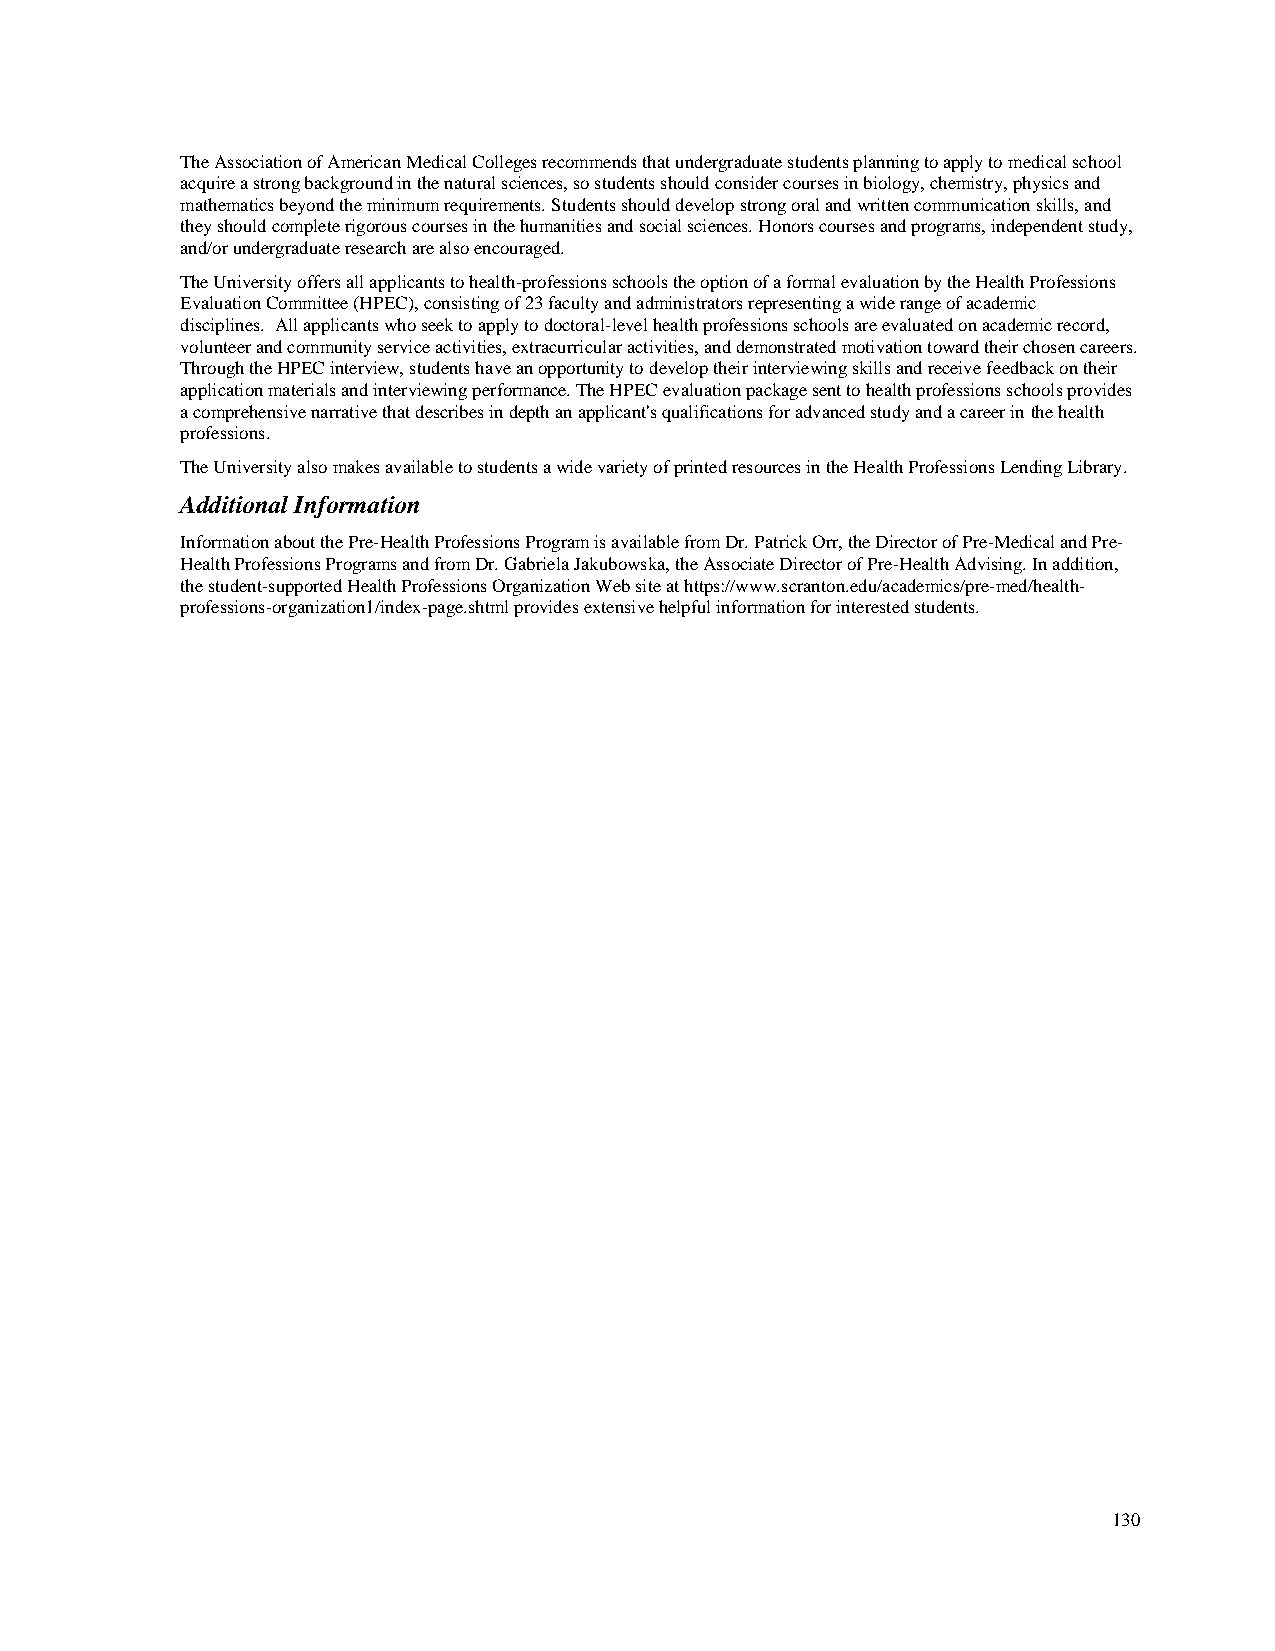
The Association of American Medical Colleges recommends that undergraduate students planning to apply to medical school
 acquire a strong background in the natural sciences, so students should consider courses in biology, chemistry, physics and
 mathematics beyond the minimum requirements. Students should develop strong oral and written communication skills, and
 they should complete rigorous courses in the humanities and social sciences. Honors courses and programs, independent study,
 and/or undergraduate research are also encouraged.
 The University offers all applicants to health-professions schools the option of a formal evaluation by the Health Professions
 Evaluation Committee (HPEC), consisting of 23 faculty and administrators representing a wide range of academic
 disciplines. All applicants who seek to apply to doctoral-level health professions schools are evaluated on academic record,
 volunteer and community service activities, extracurricular activities, and demonstrated motivation toward their chosen careers.
 Through the HPEC interview, students have an opportunity to develop their interviewing skills and receive feedback on their
 application materials and interviewing performance. The HPEC evaluation package sent to health professions schools provides
 a comprehensive narrative that describes in depth an applicant's qualifications for advanced study and a career in the health
 professions.
 The University also makes available to students a wide variety of printed resources in the Health Professions Lending Library.
 Additional Information
 Information about the Pre-Health Professions Program is available from Dr. Patrick Orr, the Director of Pre-Medical and Pre-
 Health Professions Programs and from Dr. Gabriela Jakubowska, the Associate Director of Pre-Health Advising. In addition,
 the student-supported Health Professions Organization Web site at https://www.scranton.edu/academics/pr e-med/health-
 professions-organization1/index-page.shtml provides extensive helpful information for interested students.
 130